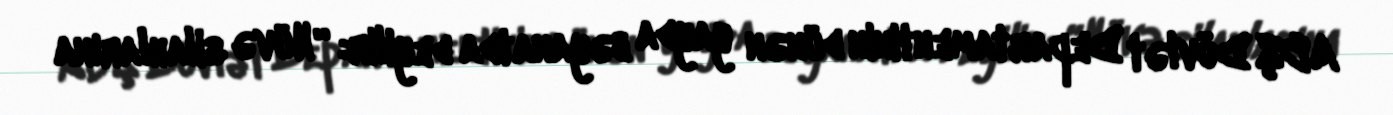
ABŞ Dövlət Departamentinin dünən yayda bəyanatda deyilir: “Nüvə silahlarına